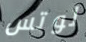
لوتس